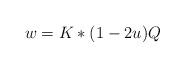
LaTeX: \begin{align*}w=K\ast(1-2u)Q \end{align*}